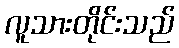
လူသားတိုင်းသည်